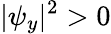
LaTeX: {|\psi_{y}|^{2}>0}